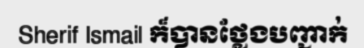
Sherif Ismail ក៏បានថ្លែងបញ្ជាក់